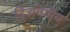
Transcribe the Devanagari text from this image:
द्त्रिविमीय